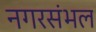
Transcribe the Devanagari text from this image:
नगरसंभल